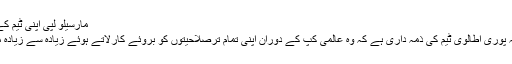
مارسیلو لپی اپنی ٹیم کے بارے میں بہت پر امید ہیں
فابیو کناوارو کہتے ہیں کہ یہ پوری اطالوی ٹیم کی ذمہ داری ہے کہ وہ عالمی کپ کے دوران اپنی تمام ترصلاحیتوں کو بروئے کارلاتے ہوئے زیادہ سے زیادہ میچ جیتنے کی کوشش کرے۔